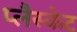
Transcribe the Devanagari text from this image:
प्लैस्केट